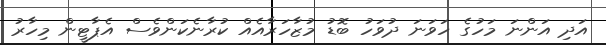
އަދި އަންނަ މަހުގެ ހަވަނަ ދުވަހު ބޮޑު މުޒާހަރާއެއް ކުރާނެކަންވެސް އެޕާޓީން މިހާރު